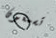
تسمعون